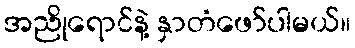
အညိုရောင်နဲ့ နှာတံဖော်ပါမယ်။